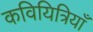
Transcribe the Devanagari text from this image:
कवियित्रियाँ